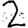
Digit: 2